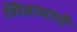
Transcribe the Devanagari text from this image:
सिवामानी